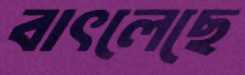
বাৎলেছে